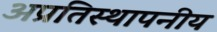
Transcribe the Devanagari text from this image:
अप्रतिस्थापनीय